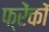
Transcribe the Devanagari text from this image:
फ्रेंकों